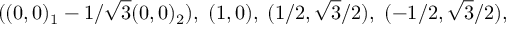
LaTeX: ( ( 0 , 0 ) _ { 1 } - 1 / \sqrt { 3 } ( 0 , 0 ) _ { 2 } ) , \; ( 1 , 0 ) , \; ( 1 / 2 , \sqrt { 3 } / 2 ) , \; ( - 1 / 2 , \sqrt { 3 } / 2 ) ,